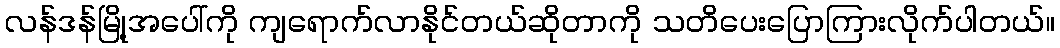
လန်ဒန်မြို့အပေါ်ကို ကျရောက်လာနိုင်တယ်ဆိုတာကို သတိပေးပြောကြားလိုက်ပါတယ်။